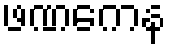
ဖဏကေန